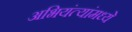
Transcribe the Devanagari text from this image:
अभियंत्यांमध्ये